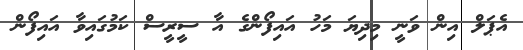
އެޕަލް އިން ވަނީ މިދިޔަ މަހު އައިފޯންގެ އާ ސީރީސް ކަމުގައިވާ އައިފޯން